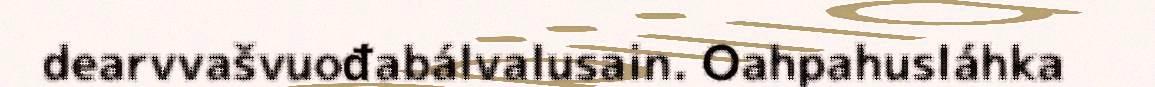
dearvvašvuođabálvalusain. Oahpahusláhka